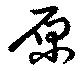
原